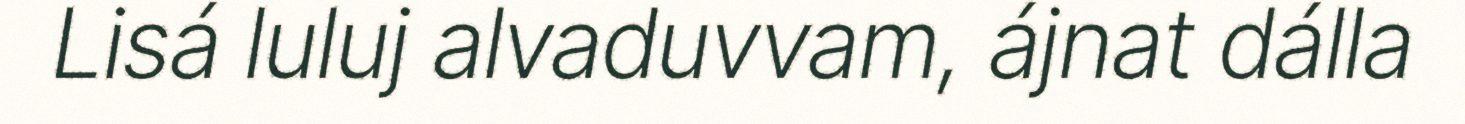
Lisá luluj alvaduvvam, ájnat dálla